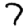
Digit: 7